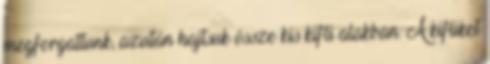
megforgattunk, azután hajtsuk össze kis kifli alakban. A kifliket